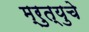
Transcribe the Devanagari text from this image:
म्रुत्युचे